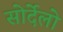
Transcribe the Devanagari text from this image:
सोर्देलो